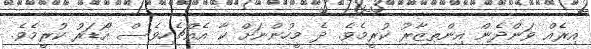
އިރެއް ވަންދެން އިންތިޒާރު ކުރީމެވެ. ދެ މީހުންނަށް ކާ އެއްޗެހިވެސް އޯޑަރު ކުރީމެވެ.